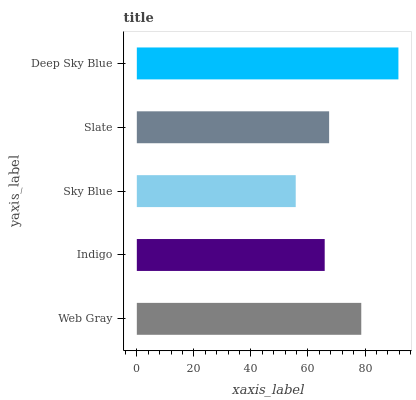
| yaxis_label | bars |
 | --- | --- |
 | Web Gray | 78.7 |
 | Indigo | 65.9 |
 | Sky Blue | 55.7 |
 | Slate | 67.4 |
 | Deep Sky Blue | 91.7 |